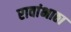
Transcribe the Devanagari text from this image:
रावांभाठा